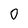
Character: 0